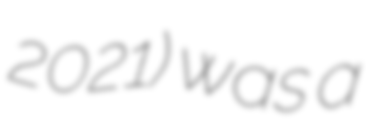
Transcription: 2021) was a